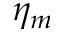
\eta _ { m }